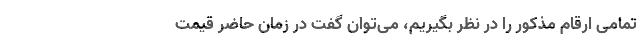
تمامی ارقام مذکور را در نظر بگیریم، می‌توان گفت در زمان حاضر قیمت